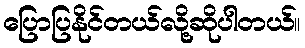
ပြောပြနိုင်တယ်လို့ဆိုပါတယ်။